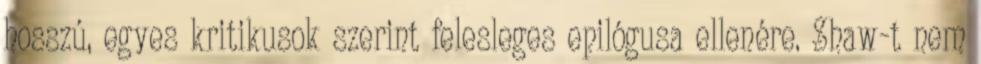
hosszú, egyes kritikusok szerint felesleges epilógusa ellenére. Shaw-t nem